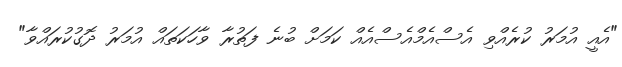
"އެއީ އުމަރު ކުރެއްވި އެސްއެމްއެސްއެއް ކަމަށް ބުނެ ފަތުރާ ވާހަކަތައް އުމަރު ދޮގުކުރައްވާ"